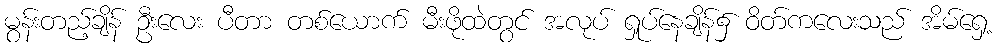
မွန်းတည့်ချိန် ဦးလေး ပီတာ တစ်ယောက် မီးဖိုထဲတွင် အလုပ် ရှုပ်နေချိန်၌ ဝိတ်ကလေးသည် အိမ်ရှေ့